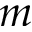
m